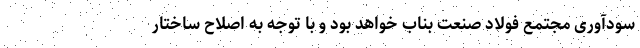
سودآوری مجتمع فولاد صنعت بناب خواهد بود و با توجه به اصلاح ساختار